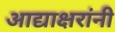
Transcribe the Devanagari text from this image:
आद्याक्षरांनी